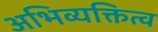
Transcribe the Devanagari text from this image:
अभिव्यक्तित्व